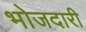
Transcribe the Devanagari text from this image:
भोजदारी